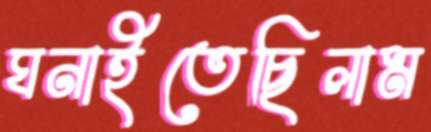
ঘনাইতেছিলাম